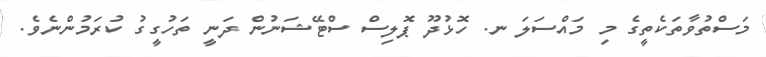
މަސްތުވާތަކެތީގެ މި މައްސަލަ ނ. ހޮޅުދޫ ޕޮލިސް ސްޓޭޝަނުން ދަނީ ތަހުގީގު ކުރަމުންނެވެ.